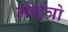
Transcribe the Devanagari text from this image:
मोईत्रो